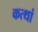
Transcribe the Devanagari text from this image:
कत्थां